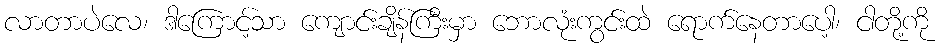
လာတာပဲလေ၊ ဒါကြောင့်သာ ကျောင်းချိန်ကြီးမှာ ဘောလုံးကွင်းထဲ ရောက်နေတာပေါ့၊ ငါတို့ကို